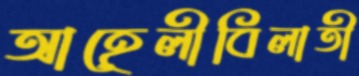
আহেলীবিলাতী